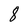
Character: 8